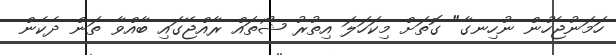
ހަމަނުޖެހުން ނުހިނގާ" ގޮތަށް މިކަހަލަ އިތުރު ޝޯތައް ރާއްޖޭގައި ބާއްވާ ތަން ދެކެން